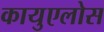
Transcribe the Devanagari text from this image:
कायुएलोस